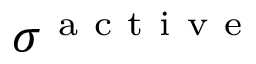
\sigma ^ { \mathrm { ~ a ~ c ~ t ~ i ~ v ~ e ~ } }